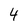
Character: 4